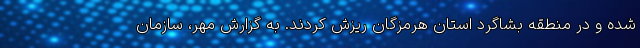
شده و در منطقه بشاگرد استان هرمزگان ریزش کردند. به گزارش مهر، سازمان